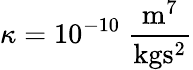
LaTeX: \kappa=10^{-10}~\frac{\mathrm{m}^{7}}{\mathrm{kg}\mathrm{s}^{2}}